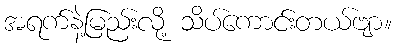
အရက်နဲ့မြည်းလို့ သိပ်ကောင်းတယ်ဗျာ။